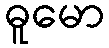
ဓူမော